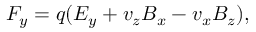
F _ { y } = q ( E _ { y } + v _ { z } B _ { x } - v _ { x } B _ { z } ) ,